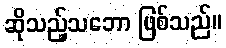
ဆိုသည့်သဘော ဖြစ်သည်။